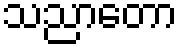
သညာတော